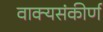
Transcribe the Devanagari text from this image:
वाक्यसंकीर्ण